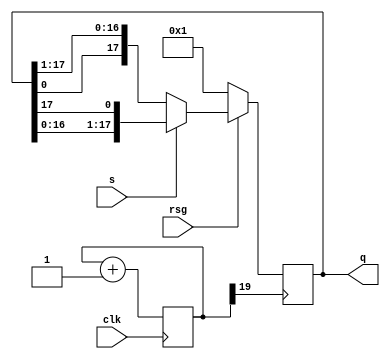
module project0313_2(clk,s,rsg,q);

input clk,s,rsg;
output reg [17:0] q;

reg[25:1] div;

always@(posedge clk) begin
	div = div + 1'b1;
end



always@(posedge div[20]) begin
	if	(rsg == 0)
		q = 18'b000000000000000001; 
	else begin
		if	(s == 1)
			q = {q[16:0],q[17]};
		else
			q = {q[0],q[17:1]};
	end
end

endmodule